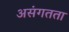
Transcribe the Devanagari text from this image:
असंगतता